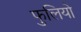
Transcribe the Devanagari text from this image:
फुलियो